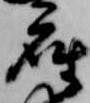
座